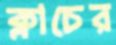
ক্লাচের